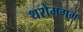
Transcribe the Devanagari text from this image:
थरोमगम